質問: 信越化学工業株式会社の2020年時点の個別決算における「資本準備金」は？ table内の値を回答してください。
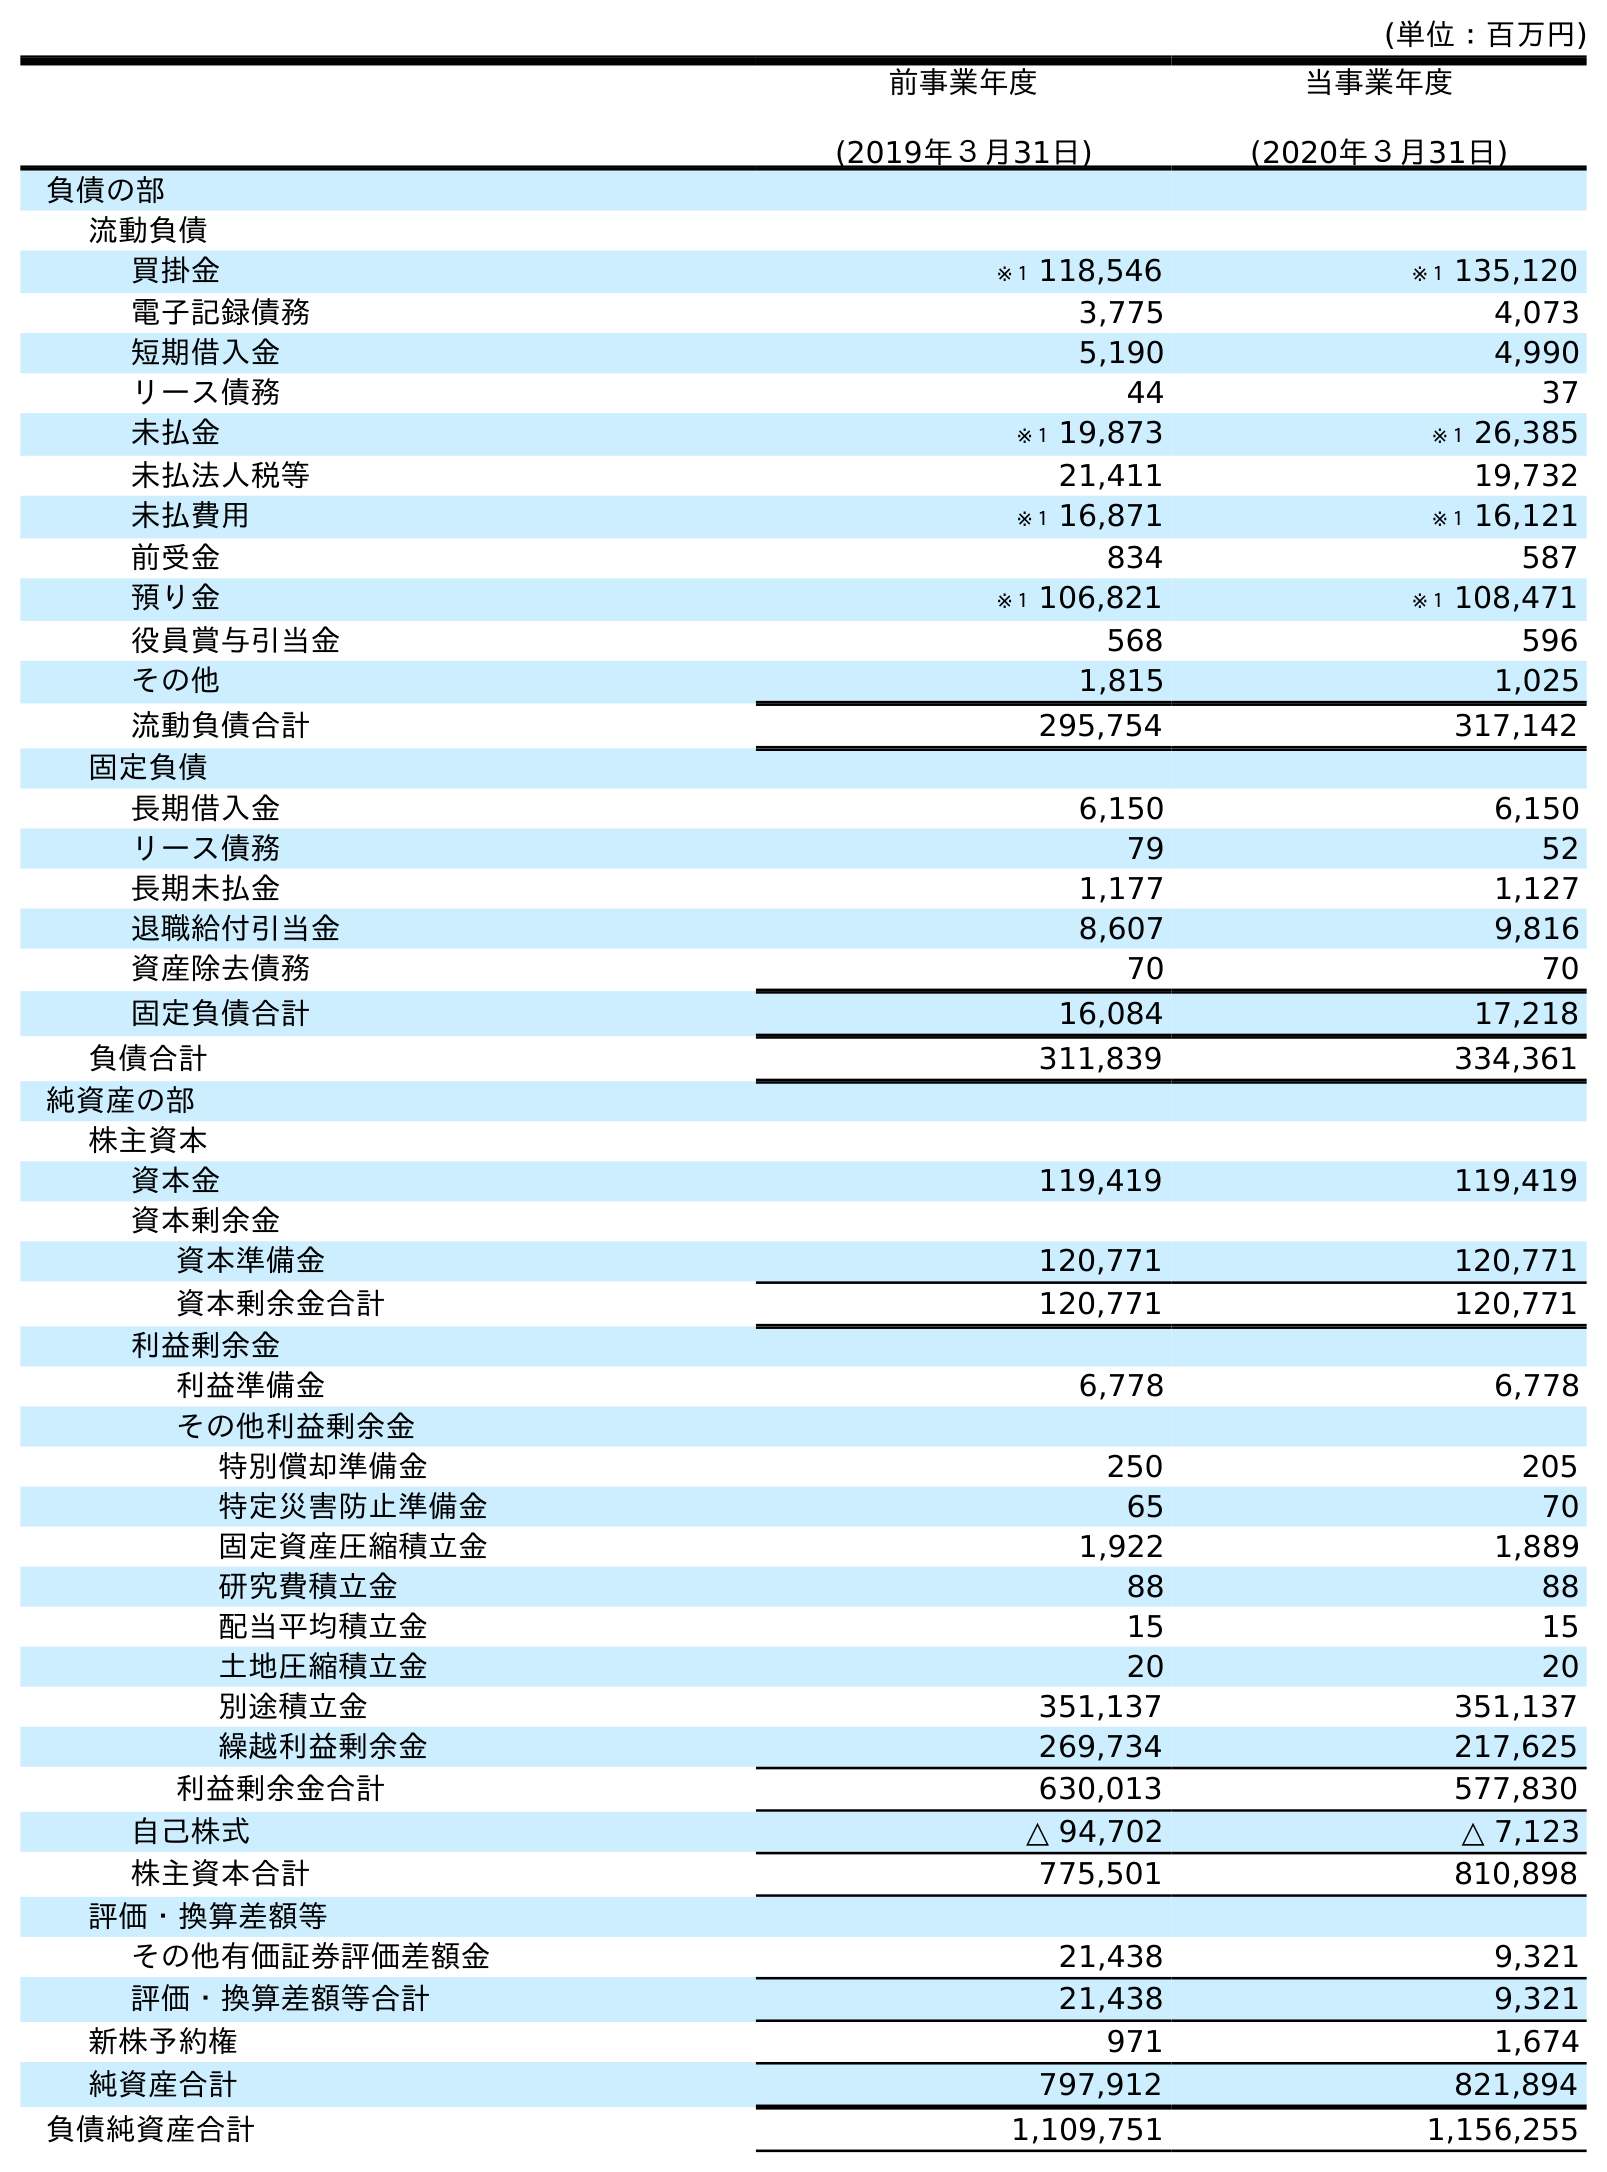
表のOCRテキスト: (単位：百万円) 前事業年度 (2019年３月31日) 当事業年度 (2020年３月31日) 負債の部 流動負債 買掛金 ※１ 118,546 ※１ 135,120 電子記録債務 3,775 4,073 短期借入金 5,190 4,990 リース債務 44 37 未払金 ※１ 19,873 ※１ 26,385 未払法人税等 21,411 19,732 未払費用 ※１ 16,871 ※１ 16,121 前受金 834 587 預り金 ※１ 106,821 ※１ 108,471 役員賞与引当金 568 596 その他 1,815 1,025 流動負債合計 295,754 317,142 固定負債 長期借入金 6,150 6,150 リース債務 79 52 長期未払金 1,177 1,127 退職給付引当金 8,607 9,816 資産除去債務 70 70 固定負債合計 16,084 17,218 負債合計 311,839 334,361 純資産の部 株主資本 資本金 119,419 119,419 資本剰余金 資本準備金 120,771 120,771 資本剰余金合計 120,771 120,771 利益剰余金 利益準備金 6,778 6,778 その他利益剰余金 特別償却準備金 250 205 特定災害防止準備金 65 70 固定資産圧縮積立金 1,922 1,889 研究費積立金 88 88 配当平均積立金 15 15 土地圧縮積立金 20 20 別途積立金 351,137 351,137 繰越利益剰余金 269,734 217,625 利益剰余金合計 630,013 577,830 自己株式 △ 94,702 △ 7,123 株主資本合計 775,501 810,898 評価・換算差額等 その他有価証券評価差額金 21,438 9,321 評価・換算差額等合計 21,438 9,321 新株予約権 971 1,674 純資産合計 797,912 821,894 負債純資産合計 1,109,751 1,156,255
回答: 120,771